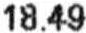
18.49